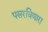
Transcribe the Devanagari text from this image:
पसरविणारा